Civil Veterinary Department. Central Provinces & Berar 1925-31 - 1925-1931
Year: 1925
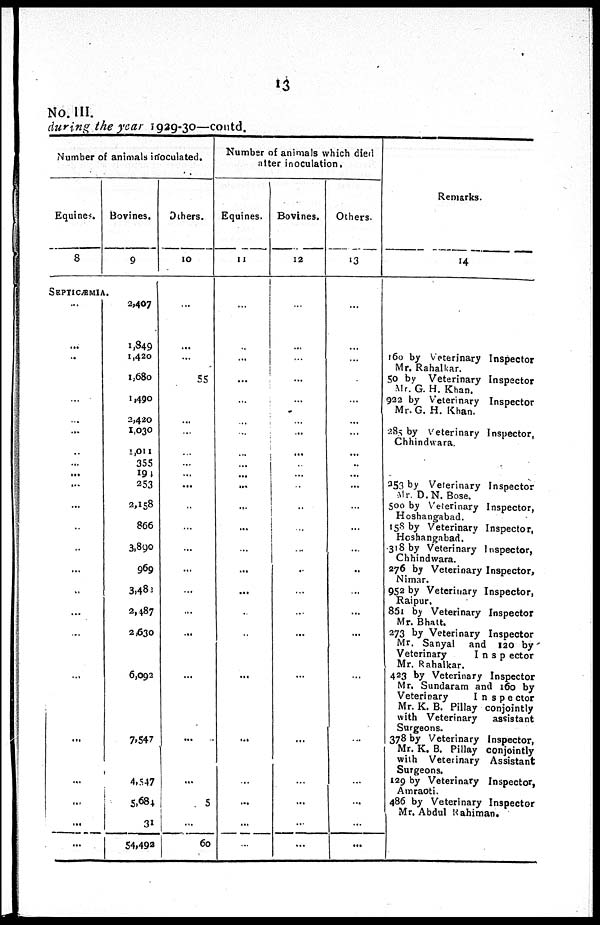
13
No. III.
during the year 1929-30—coutd.
Number of animals inoculated.
Equines.
8
SEPTICÆMIA
...
...
...
...
...
...
...
...
...
...
...
...
...
...
...
...
...
...
...
...
...
...
...
...
Bovines.
9
2,407
1,849
1,420
1,680
1,490
2,420
1,030
1,011
355
191
253
2,158
866
3,890
969
3,481
3,487
2,630
6,092
7,547
4,547
5,684
31
54,492
Others.
10
...
...
...
55
...
...
...
...
...
...
...
...
...
...
...
...
...
...
...
...
5
...
60
Number of animals which died
after inoculation.
Eqaines.
11
...
...
...
...
...
...
...
...
...
...
...
...
...
...
...
...
...
...
...
...
...
...
...
...
Bovines.
12
...
...
...
...
...
...
...
...
...
...
...
...
...
...
...
...
...
...
...
...
...
...
...
...
Others.
13
...
...
...
...
...
...
...
...
...
...
...
...
...
...
...
...
...
...
...
...
...
...
...
...
Remarks.
14
160 by Veterinary Inspector
Mr. Rahalkar.
50 by Veterinary Inspector
Mr. G. H. Khan.
922 by Veterinary Inspector
Mr. G. H. Khan.
285 by Veterinary Inspector,
Chhindwara.
253 by Veterinary Inspector
Mr. D.N. Bose.
500 by Veterinary Inspector,
Hoshangabad.
158 by Veterinary Inspector,
Hoshangabad.
318 by Veterinary Inspector,
Chhindwara.
276 by Veterinary Inspector,
Nimar.
952 by Veterinary Inspector,
Raipur.
851 by Veterinary Inspector
Mr. Bhatt.
273 by Veterinary Inspector
Mr. Sanyal and 120 by
Veterinary
Inspector
Mr. Rahalkar.
423 by Veterinary Inspector
Mr. Sundaram and 160 by
Veterinary
Inspector
Mr. K. B. Pillay conjointly
with Veterinary
assistant
Surgeons.
378 by Veterinary Inspector,
Mr. K. B. Pillay conjointly
with Veterinary Assistant
Surgeons.
139 by Veterinary Inspector,
Ainraoti.
486 by Veterinary Inspector
Mr. Abdul Rahiman.